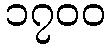
၁၇၀၀